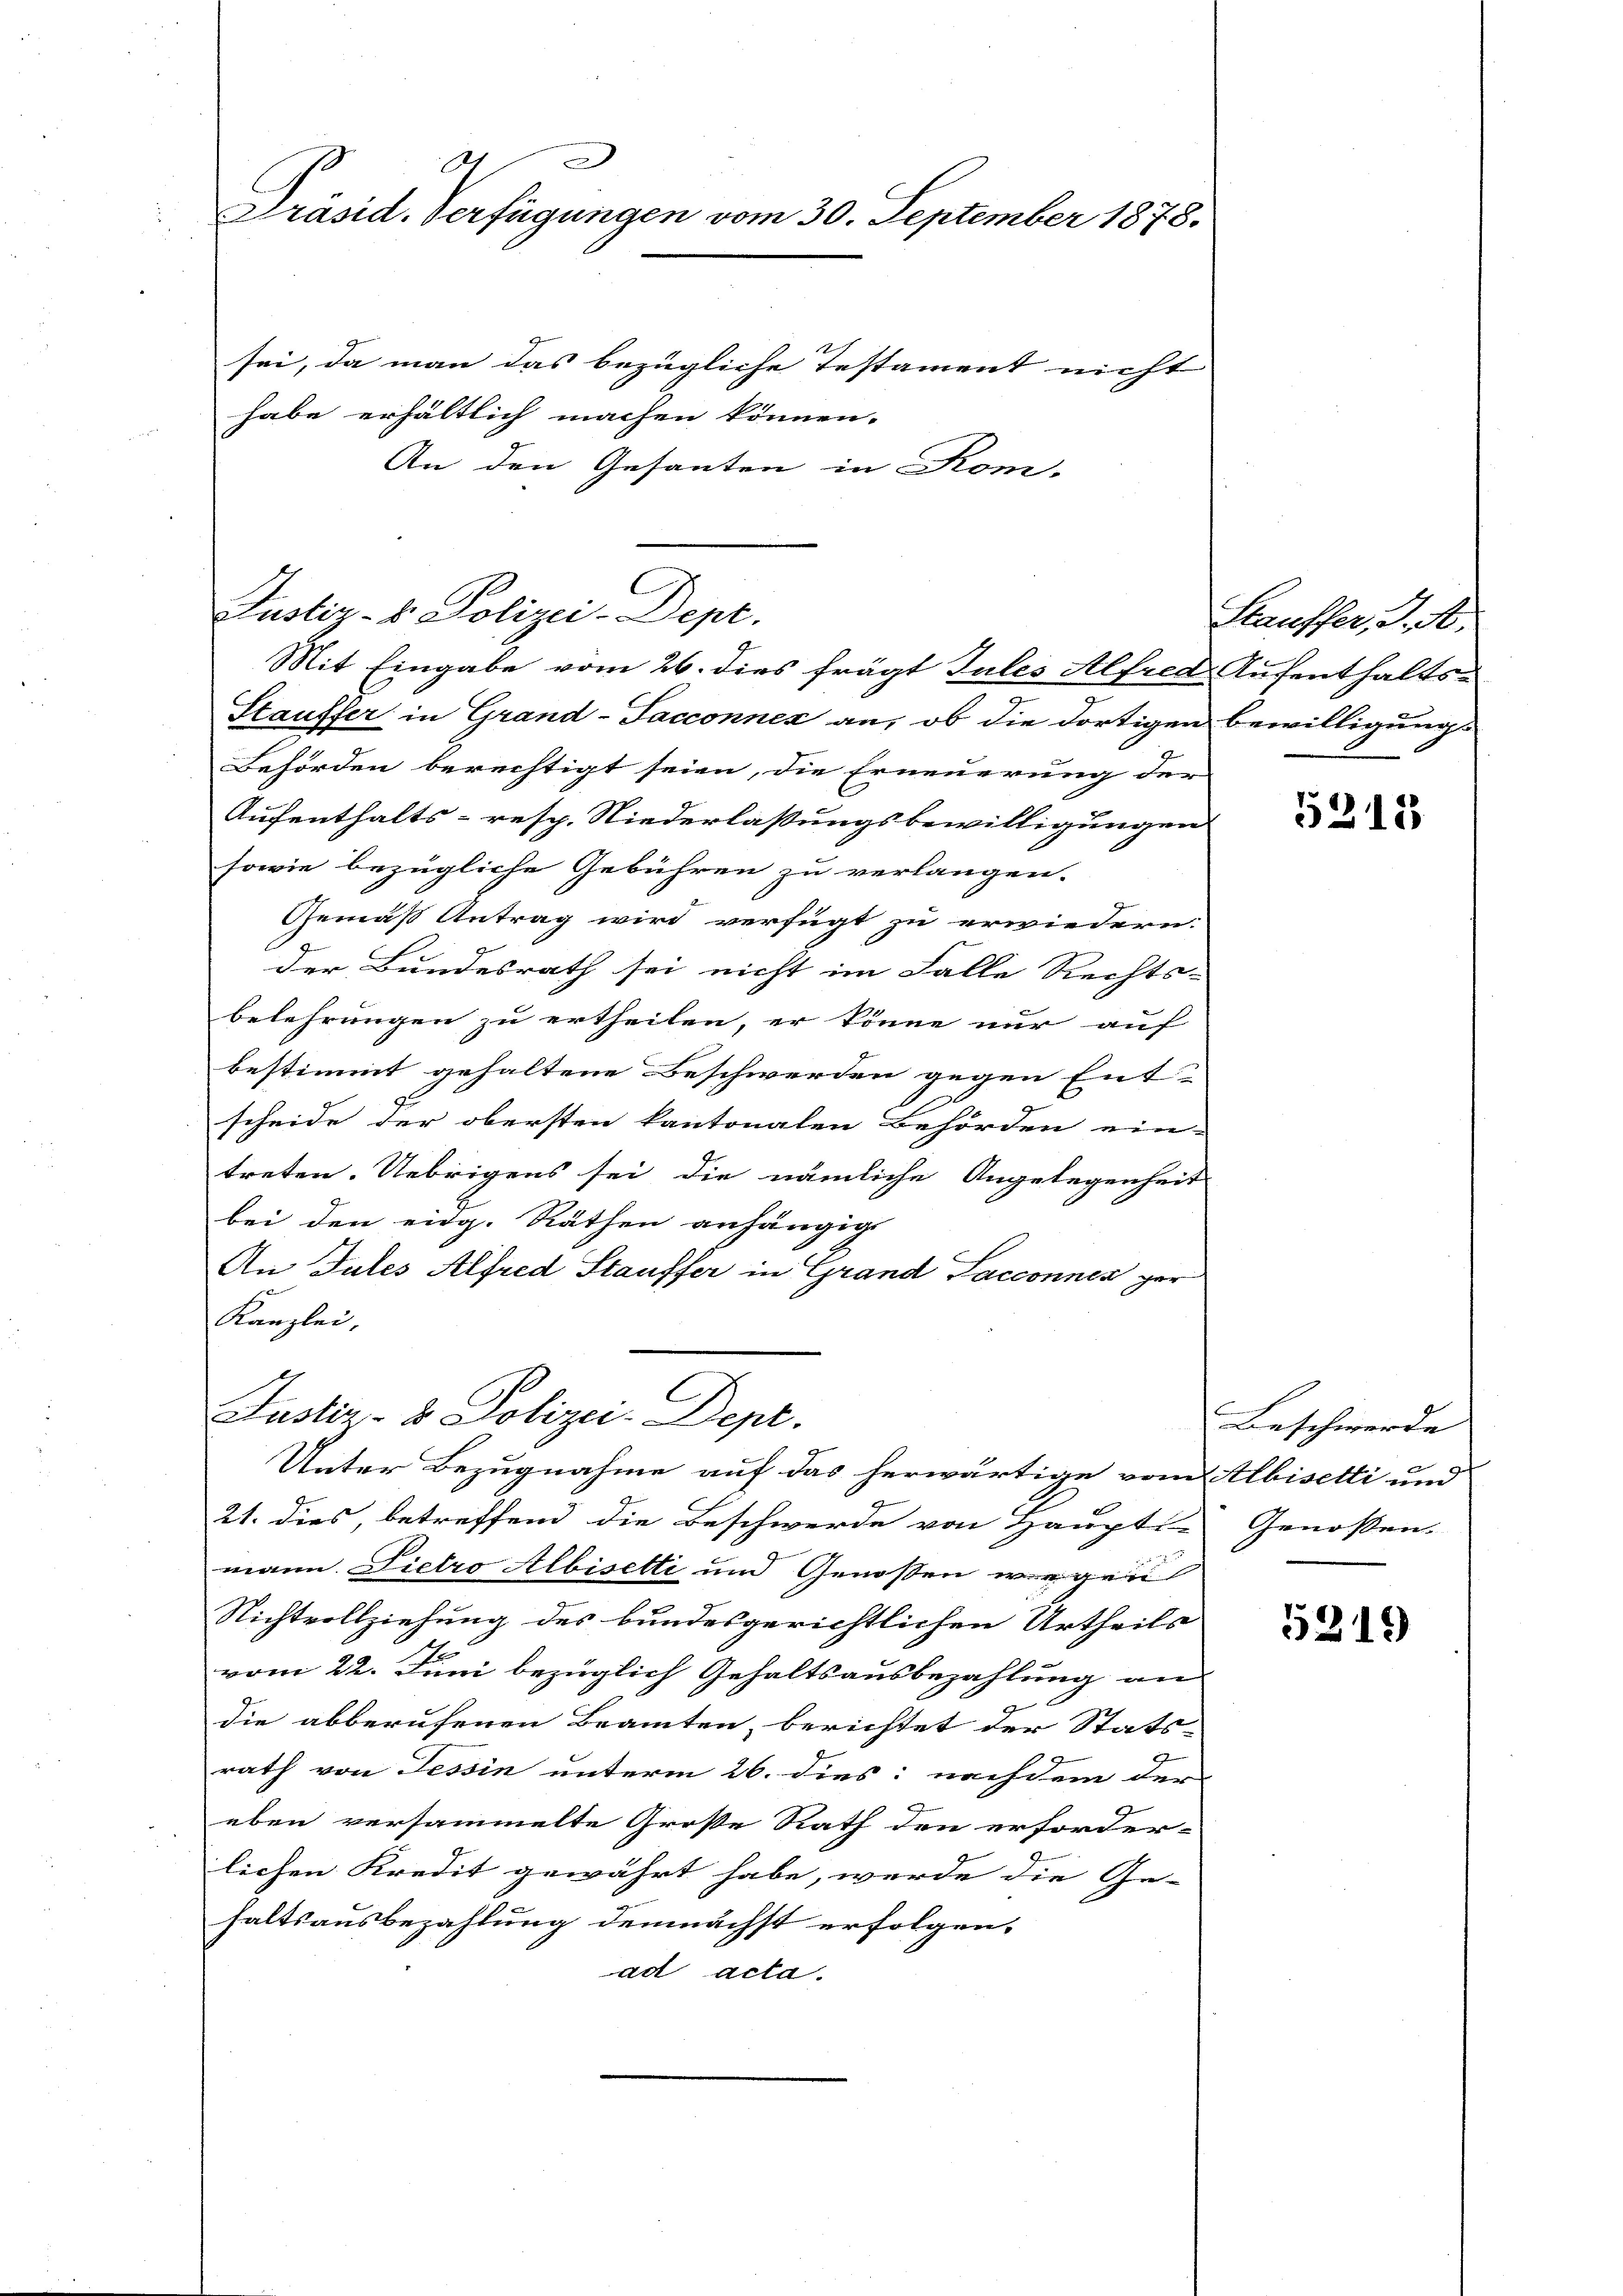
d
Präsid. Verfügungen vom 30. September 1878.
sei, da man das bezügliche Testament nicht
habe erhältlich machen können.
An den Gesanten in Kom-

Stauffer in Grand-Facconnex an, ob die dortigen bewilligungs
Behörden berechtigt seien, die Erneuerung der
Aufenthalts- resp. Niederlassungsbewilligungen
sowie bezügliche Gebühren zu verlangen.
Gemäß Antrag wird verfügt zu erwiedern.
der Bundesrath sei nicht im Falle Rechts-
belehrungen zu ertheilen, er könne nur auf
bestimmt gehaltene Beschwerden gegen Ent-
scheide der obersten kantonalen Behörden ein-
treten. Uebrigens sei, die nämliche Angelegenheit
bei den eidg. Räthen anhängig
An Tutes Alfred Stauffer in Grand Sacconnen ger
Kanzlei,
Justiz- & Polizei-Dept.
Unter Bezugnahme auf das herwärtige vom Albisetti und
21. dies, betreffend die Beschwerde von Haupt- Genossen.
mann Pietro Albisetti und Genossen wegen
Nichtvollziehung des bundesgerichtlichen Urtheils
vom 22. Juni bezüglich Gehaltsausbezahlung an
die abberufenen Beamten, berichtet der Stats-
rath von Tessin unterm 26. dies: nachdem der
eben versammelte Große Rath den erforder-
lichen Kredit gewährt habe, werde die Ge-
haltsausbezahlung demnächst erfolgen.
ad acta.

C
Justiz- & Polizei-Dept.
Mit Eingabe vom 26. dies frägt Jules Alfred Aufenthalts-

Stauffer, J. A.

5315

Beschwerde |

5219